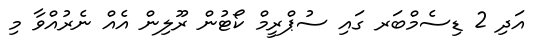
އަދި 2 ޑިސެމްބަރ ގައި ސުޕްރީމް ކޯޓުން ރޫލިން އެއް ނެރުއްވާ މި